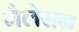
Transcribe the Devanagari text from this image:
मैलेसन